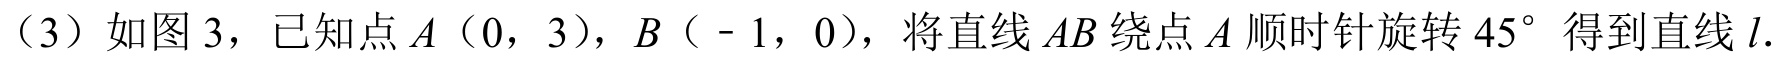
（3）如图 3，已知点 \(A\)（\(0\)，\(3\)），\(B\)（\(-1\)，\(0\)），将直线 \(AB\) 绕点 \(A\) 顺时针旋转 \(45^{\circ}\) 得到直线 \(l\).